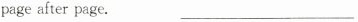
page after page. ___